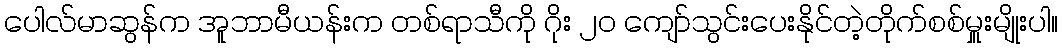
ပေါလ်မာဆွန်က အူဘာမီယန်းက တစ်ရာသီကို ဂိုး ၂၀ ကျော်သွင်းပေးနိုင်တဲ့တိုက်စစ်မှူးမျိုးပါ။